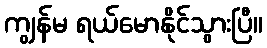
ကျွန်မ ရယ်မောနိုင်သွားပြီ။